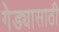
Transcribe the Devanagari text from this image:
गेड्यासाठी